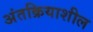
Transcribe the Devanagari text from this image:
अंतक्रियाशील